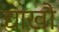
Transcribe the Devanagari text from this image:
द्याखौ